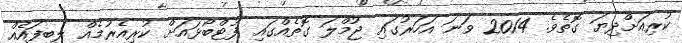
ކުރިއަށްދިޔަ ގޮތެވެ. 2014 ވަނަ އަހަރުގައި ޖުމްލަ ގޮތެއްގައި ފުޓްބޯޅައަށް ކުރިއެރުމެއް ލިބިފައެއް